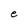
Character: e